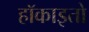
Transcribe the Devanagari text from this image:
हॉकाइतो